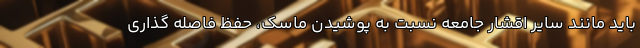
باید مانند سایر اقشار جامعه نسبت به پوشیدن ماسک، حفظ فاصله گذاری